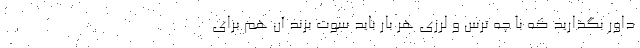
داور بگذارید که با چه ترس و لرزی هر بار باید سوت بزند آن هم برای